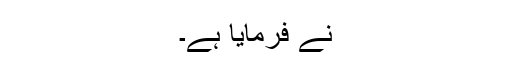
نے فرمایا ہے۔